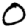
Digit: 0